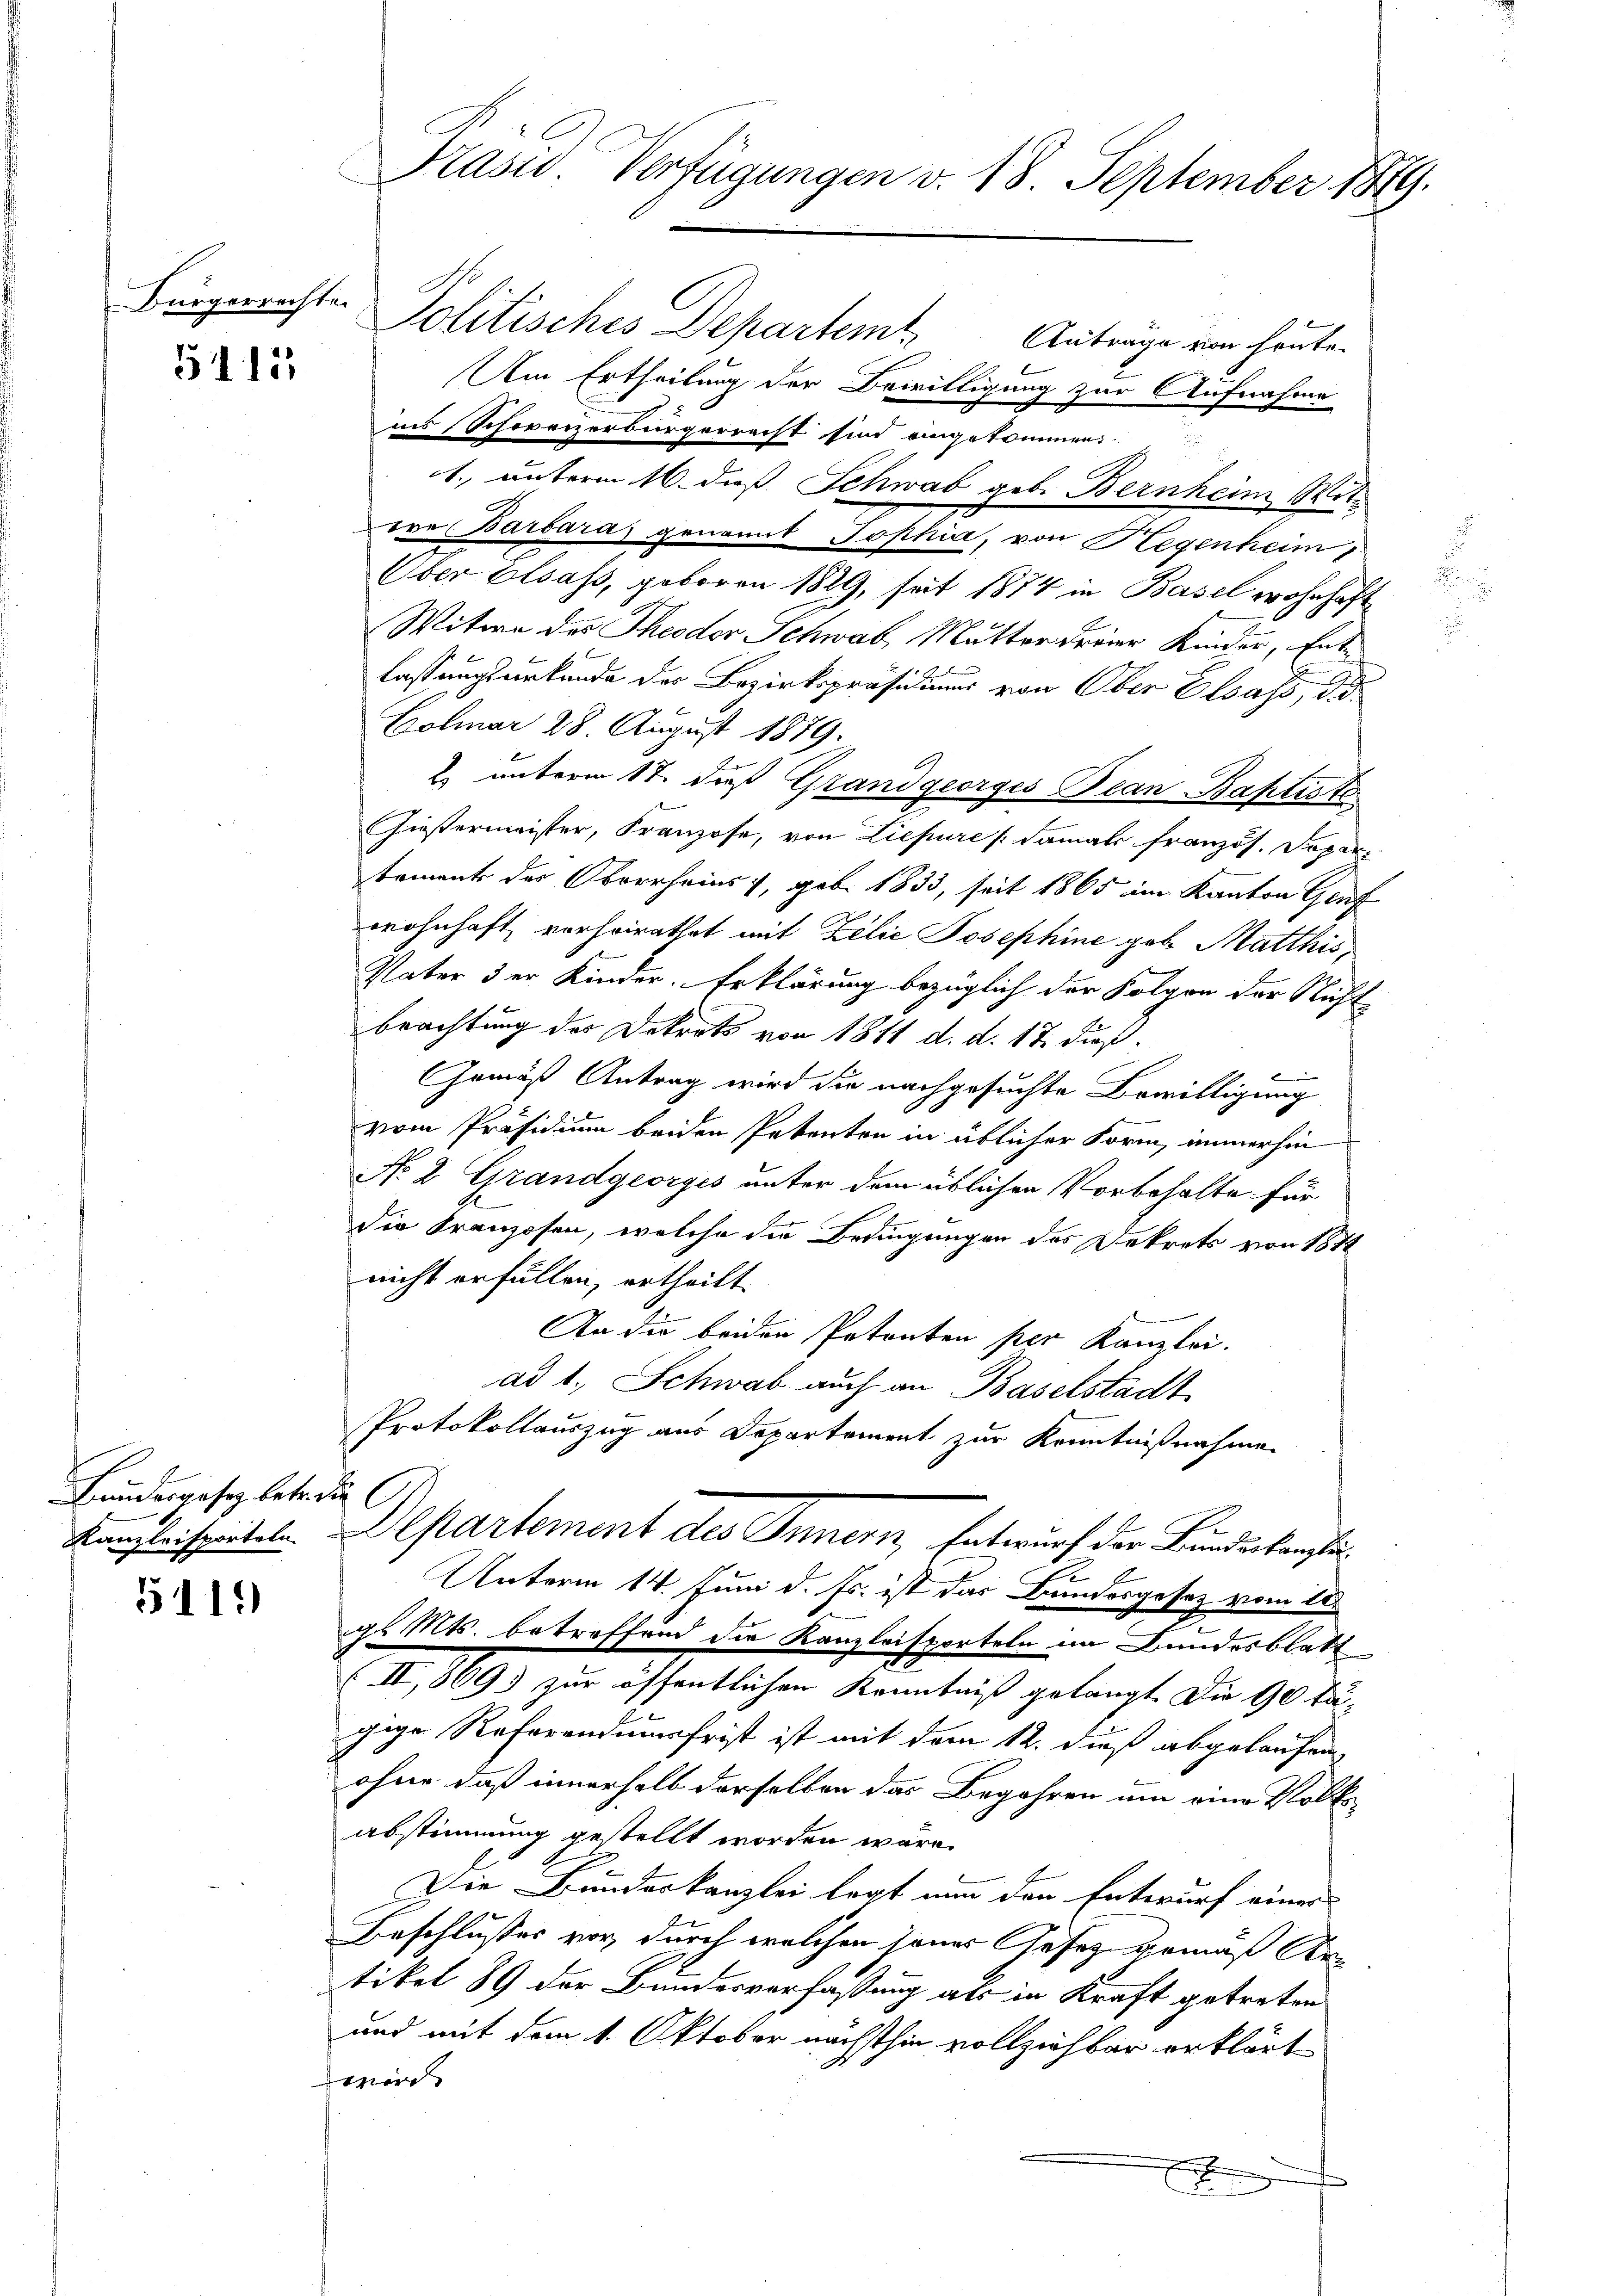
5115

Bundesgesetz betr die

5119

No. 6.
Präsid. Verfügungen v. 18. September 1879.

Bürgerrechte Politisches Departem Anträge von heute.
Am Ertheilung der Bewilligung zur Aufnahme
ins Schweizerbürgerrecht sind angekommen.
1. unterm 16. daß Schwab geb. Bernheim Witere Barbara genannt Sophia, von Hegenheim,
Über Elsass, geboren 1829, seit 1874 in Basel wohnhaft
Witwe des Theodor Schwab, Mutter Freier Kinder, Entlassungsurkunde des Bezirkspräsidiums von Ober Elsass, d.
Colmar 28. August 1879.
2. unterm 17. daß Grand georges Bean Baptiste
Gießermeister, Franzose, von Liepure (damals französ. Separ
tement des Oberrheins 7, geb. 1833, seit 1865 im Kanton Genf
wohnhaft vorheirathet mit Lilie Josephine geb. Matthis
Vater der Kinder. Erklärung bezüglich der Folgen der Nicht
brachtung des Dekrets von 1811 d. d. 17 dieß.
Gemäß Antrag wird die nachgesuchte Bewilligung
vom Präsidium beiden Pakanton in üblicher Form, immerhin
No 2 Grandgeorges unter dem üblichen Vorbehalte für
Die Franzosen, welche die Bedingungen des Dekrets von 1872
nicht erfüllen, ertheilt
An die beiden Petenten per Kanzlei.
ad 1, Schwab auch an Baselstadt
Protokollauszug aus Departement zur Kenntnißnahme
Kanzleiheitet. Departement des Innern, Entwurf der Bundeskanzlei¬
Unterm 14. Juni d. Js. ist das Bundesgesetz vom 28.
gl. Mts. betreffend die Kanzleisporteln im Bundesblatt
(II., 369) zur öffentlichen Kenntniß gelangt. Die 90 Tagige Referendungsfrist ist mit dem 12. dieß abgelaufen,
ohne daß innerhalb derselben das Begehren um eine Volks
abstimmung gestellt worden wäre.
E
Die Bunderkanzlei legt nun den Entwurf einer
Beschlußes vor, durch welchen seiner Gesetz gemäß Artikel 89 der Bundesverfassung als in Kraft getreten
und mit dem 1. Oktober nächsthin vollziehbar erklärt
wird
x